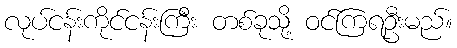
လုပ်ငန်းကိုင်ငန်းကြီး တစ်ခုသို့ ဝင်ကြရဦးမည်။